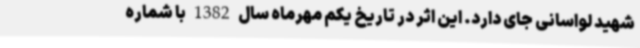
شهید لواسانی جای دارد. این اثر در تاریخ یکم مهرماه سال 1382 با شماره